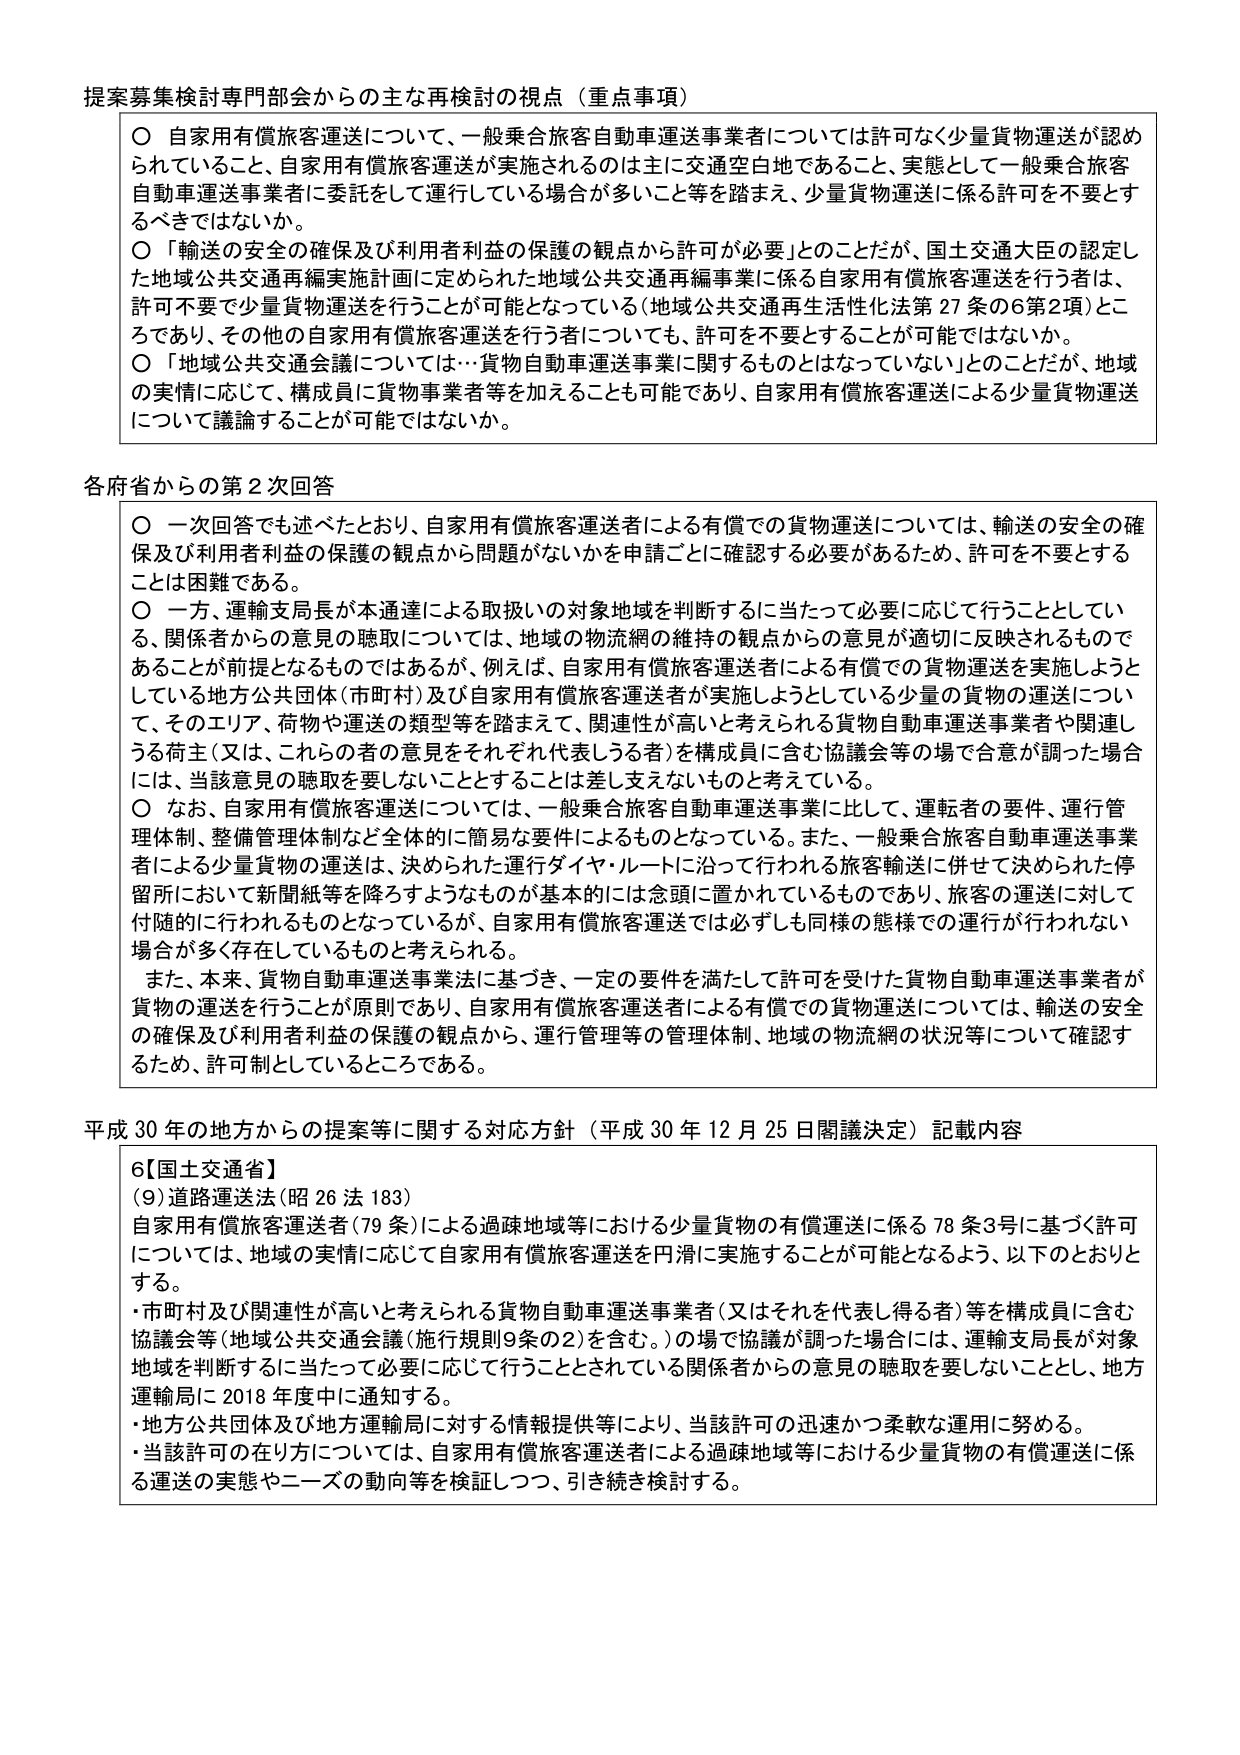
提案募集検討専門部会からの主な再検討の視点（重点事項）

○ 自家用有償旅客運送について、一般乗合旅客自動車運送事業者については許可なく少量貨物運送が認められていること、自家用有償旅客運送が実施されるのは主に交通空白地であること、実態として一般乗合旅客自動車運送事業者に委託をして運行している場合が多いこと等を踏まえ、少量貨物運送に係る許可を不要とするべきではないか。

○ 「輸送の安全の確保及び利用者利益の保護の観点から許可が必要」とのことだが、国土交通大臣の認定した地域公共交通再編実施計画に定められた地域公共交通再編事業に係る自家用有償旅客運送を行う者は、許可不要で少量貨物運送を行うことが可能となっている（地域公共交通再生活性化法27条の6第2項）ところであり、その他の自家用有償旅客運送を行う者についても、許可を不要とすることが可能ではないか。

○ 「地域公共交通会議については…貨物自動車運送事業に関するものとはなっていない」とのことだが、地域の実情に応じて、構成員に貨物事業者等を加えることも可能であり、自家用有償旅客運送による少量貨物運送について議論することが可能ではないか。

各府省からの第2次回答

○ 一次回答でも述べたとおり、自家用有償旅客運送者による有償での貨物運送については、輸送の安全の確保及び利用者利益の保護の観点から問題がないかを申請ごとに確認する必要があるため、許可を不要とすることは困難である。

○ 一方、運輸支局長が本通達による取扱いの対象地域を判断するに当たって必要に応じて行うこととしている、関係者からの意見の聴取については、地域の物流網の維持の観点からの意見が適切に反映されるものであることが前提となるものではあるが、例えば、自家用有償旅客運送者による有償での貨物運送を実施しようとしている地方公共団体（市町村）及び自家用有償旅客運送者が実施しようとしている少量の貨物の運送について、そのエリア、荷物や運送の種類等を踏まえて、関連性が高いと考えられる貨物自動車運送事業者や関連しうる荷主（又は、これらの者の意見をそれぞれ代表しうる者）を構成員に含む協議会等の場で合意が調った場合には、当該意見の聴取を要しないこととすることは差し支えないものと考えている。

○ なお、自家用有償旅客運送については、一般乗合旅客自動車運送事業に比して、運転者の要件、運行管理体制、整備管理体制など全体的に簡易な要件によるものとなっている。また、一般乗合旅客自動車運送事業者による少量貨物の運送は、決められた運行ダイヤ・ルートに沿って行われる旅客輸送に併せて決められた停留所において新聞紙等を降ろすようなものが基本的には念頭に置かれているものであり、旅客の運送に対して付随的に行われるものとなっているが、自家用有償旅客運送では必ずしも同様の態様での運行が行われない場合が多く存在しているものと考えられる。

また、本来、貨物自動車運送事業法に基づき、一定の要件を満たして許可を受けた貨物自動車運送事業者が貨物の運送を行うことが原則であり、自家用有償旅客運送者による有償での貨物運送については、輸送の安全の確保及び利用者利益の保護の観点から、運行管理等の管理体制、地域の物流網の状況等について確認するため、許可制としているところである。

平成30年の地方からの提案等に関する対応方針（平成30年12月25日閣議決定）記載内容

6【国土交通省】
（9）道路運送法（昭26法183）
自家用有償旅客運送者（79条）による過疎地域等における少量貨物の有償運送に係る78条3号に基づく許可については、地域の実情に応じて自家用有償旅客運送を円滑に実施することが可能となるよう、以下のとおりとする。

・市町村及び関連性が高いと考えられる貨物自動車運送事業者（又はそれを代表し得る者）等を構成員に含む協議会等（地域公共交通会議（施行規則9条の2）を含む。）の場で協議が調った場合には、運輸支局長が対象地域を判断するに当たって必要に応じて行うこととされている関係者からの意見の聴取を要しないこととし、地方運輸局に2018年度中に通知する。

・地方公共団体及び地方運輸局に対する情報提供等により、当該許可の迅速かつ柔軟な運用に努める。

・当該許可の在り方については、自家用有償旅客運送者による過疎地域等における少量貨物の有償運送に係る運送の実態やニーズの動向等を検証しつつ、引き続き検討する。